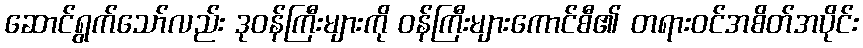
ဆောင်ရွက်သော်လည်း ဒုဝန်ကြီးများကို ဝန်ကြီးများကောင်စီ၏ တရားဝင်အစိတ်အပိုင်း